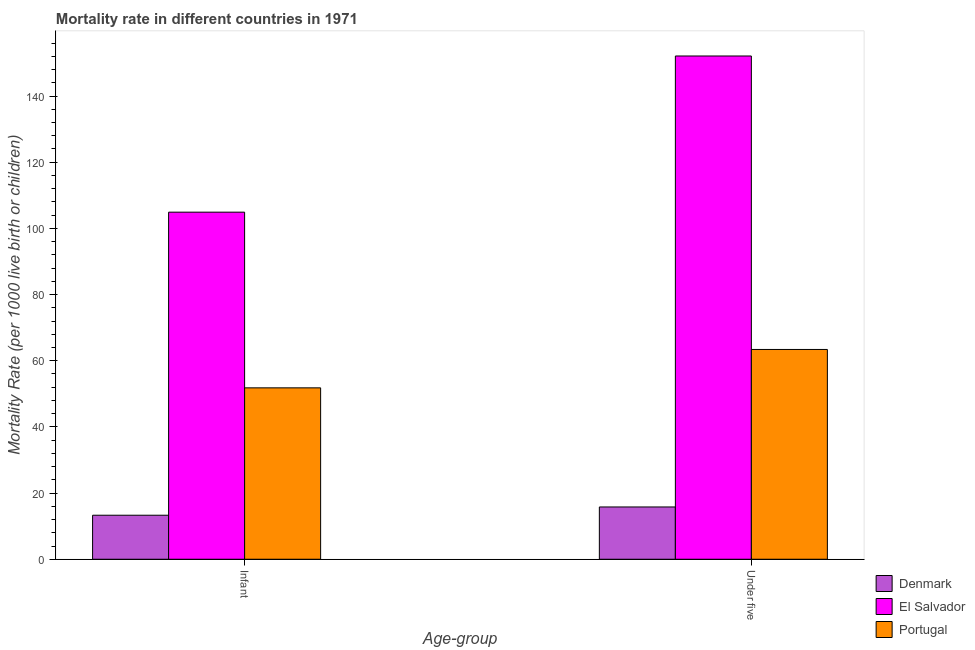
| Age-group | Denmark | El Salvador | Portugal |
 | --- | --- | --- | --- |
 | Infant | 13.3 | 105 | 51.8 |
 | Under five | 15.8 | 152 | 63.4 |